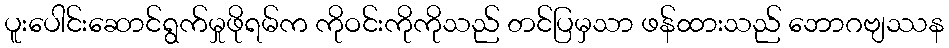
ပူးပေါင်းဆောင်ရွက်မှုဖိုရမ်က ကိုဝင်းကိုကိုသည် တင်ပြမှသာ ဖန်ထားသည် ဘောဂဗျဿန